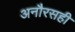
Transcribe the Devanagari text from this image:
अनौरसही